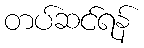
တပ်ဆင်ရန်